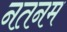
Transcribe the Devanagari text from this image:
नतनम